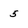
Character: 5